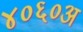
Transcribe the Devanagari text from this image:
४०६०अ